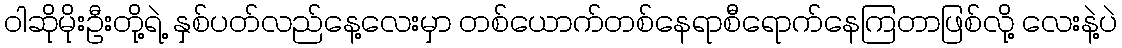
ဝါဆိုမိုးဦးတို့ရဲ့ နှစ်ပတ်လည်နေ့လေးမှာ တစ်ယောက်တစ်နေရာစီရောက်နေကြတာဖြစ်လို့ လေးနဲ့ပဲ